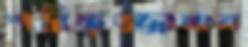
শরিফুজ্জামান